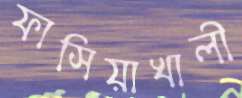
ফাসিয়াখালী